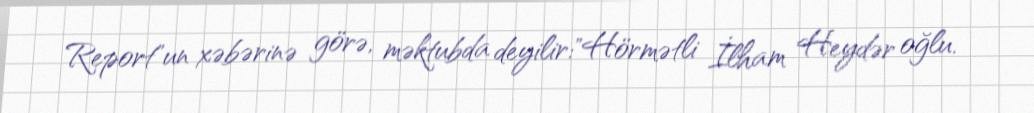
Report"un xəbərinə görə, məktubda deyilir:"Hörmətli İlham Heydər oğlu.